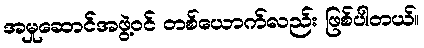
အမှုဆောင်အဖွဲ့ဝင် တစ်ယောက်လည်း ဖြစ်ပါတယ်။